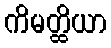
ကိမတ္ထိယာ